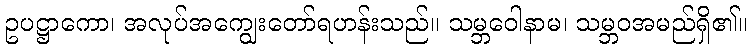
ဥပဋ္ဌာကော၊ အလုပ်အကျွေးတော်ရဟန်းသည်။ သမ္ဘဝေါနာမ၊ သမ္ဘဝအမည်ရှိ၏။